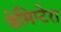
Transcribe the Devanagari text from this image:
सेमिप्टेरा